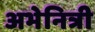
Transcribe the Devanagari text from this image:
अभेनित्री